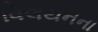
વિલયનના